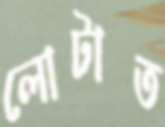
লোটাত